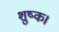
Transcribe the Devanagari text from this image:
शुष्क।